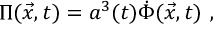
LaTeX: \Pi ( \vec { x } , t ) = a ^ { 3 } ( t ) \dot { \Phi } ( \vec { x } , t ) \ ,